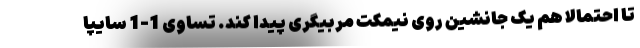
تا احتمالاً هم یک جانشین روی نیمکت مربیگری پیدا کند. تساوی 1-1 سایپا